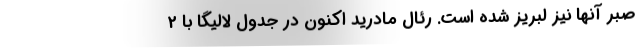
صبر آنها نیز لبریز شده است. رئال مادرید اکنون در جدول لالیگا با 2